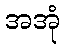
အအုံ